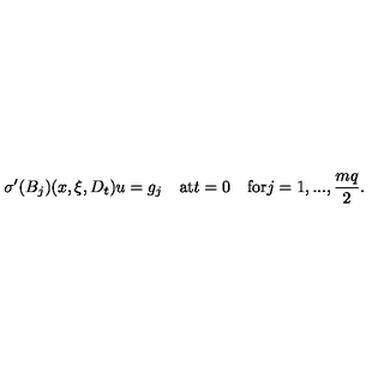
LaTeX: { \sigma } ^ { \prime } ( B _ { j } ) ( x , \xi , D _ { t } ) u = g _ { j } \quad \mathrm { a t } t = 0 \quad \mathrm { f o r } j = 1 , . . . , \frac { m q } { 2 } .